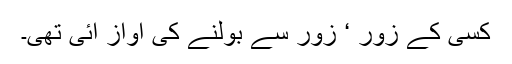
کسی کے زور ‘ زور سے بولنے کی آواز آئی تھی۔